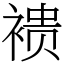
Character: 䙌